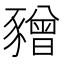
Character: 𧲅